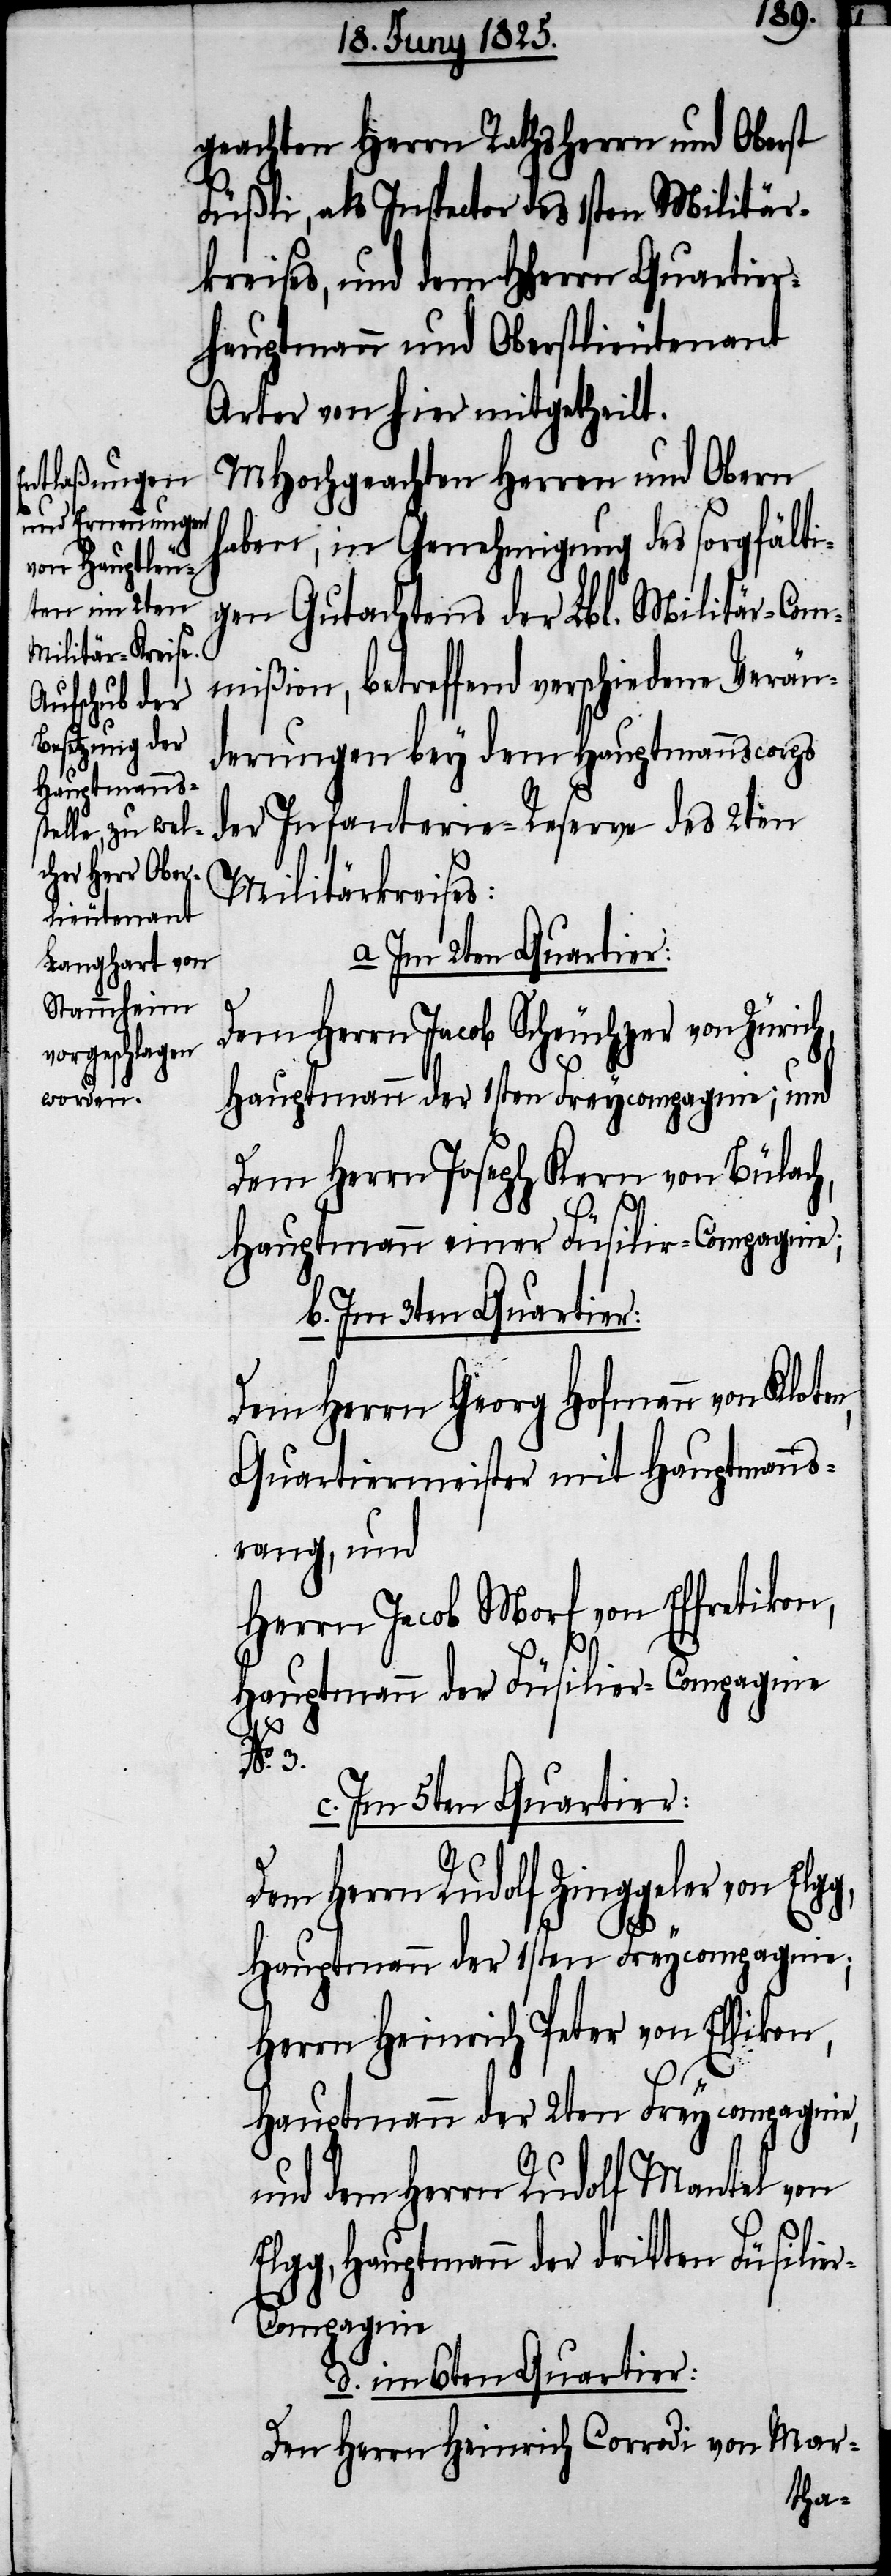
geachten Herrn Rathsherrn und Oberst
Füßli, als Inspector des 1sten Militär¬
kreises, und dem HHerrn Quartier¬
hauptmann und Oberstlieutenant
Arter von hier mitgetheilt.
MHochgeachten Herren und Obern
haben, in Genehmigung des sorgfälti¬
gen Gutachtens der Lbl. Militär-Com¬
Militärkreises.
mißion, betreffend verschiedene Verän¬
derungen bey dem Hauptmannscorps
der Infanterie-Reserve des 2ten
a Im 2ten Quartier:
Dem Herrn Jacob Scheuchzer von Zürich,
Hauptmann der 1sten Freycompagnie, und
dem Herrn Joseph Kern von Bülac¬
g,
Hauptmann einer Füsilir-Compagnie;
b. Im 3ten Quartier:
Dem Herrn Georg Hofmann von Klote¬
Quartiermeister mit Hauptmanns¬
rang, und
Herrn Jacob Morf von Effretikon,
Hauptmann der Füsilir-Compagnie
El¬
c. Im 5ten Quartier:
Dem Herrn Rudolf Zinggeler von Elg¬
Hauptmann der 2ten Freycompagnie,
Herrn Heinrich Peter von Ellikon,
und dem Herrn Rudolf Mantel von
gg, Hauptmann der dritten Füsili¬
r-Compagnie.
d. im 6ten Quartier:
Den Herrn Heinrich Corrodi von Mar-